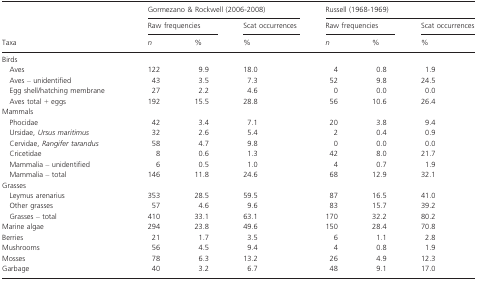
|  | <COLSPAN=3> Gormezano & Rockwell (2006-2008) | <COLSPAN=3> Russell (1968-1969) |
 |  | <COLSPAN=2> Raw frequencies | Scat occurrences | <COLSPAN=2> Raw frequencies | Scat occurrences |
 | Taxa | n | % | % | n | % | % |
 | --- | --- | --- | --- | --- | --- | --- |
 | <COLSPAN=7> Birds |
 | Aves | 122 | 9.9 | 18.0 | 4 | 0.8 | 1.9 |
 | Aves – unidentified | 43 | 3.5 | 7.3 | 52 | 9.8 | 24.5 |
 | Egg shell/hatching membrane | 27 | 2.2 | 4.6 | 0 | 0.0 | 0.0 |
 | Aves total + eggs | 192 | 15.5 | 28.8 | 56 | 10.6 | 26.4 |
 | <COLSPAN=7> Mammals |
 | Phocidae | 42 | 3.4 | 7.1 | 20 | 3.8 | 9.4 |
 | Ursidae, Ursus maritimus | 32 | 2.6 | 5.4 | 2 | 0.4 | 0.9 |
 | Cervidae, Rangifer tarandus | 58 | 4.7 | 9.8 | 0 | 0.0 | 0.0 |
 | Cricetidae | 8 | 0.6 | 1.3 | 42 | 8.0 | 21.7 |
 | Mammalia – unidentified | 6 | 0.5 | 1.0 | 4 | 0.7 | 1.9 |
 | Mammalia – total | 146 | 11.8 | 24.6 | 68 | 12.9 | 32.1 |
 | <COLSPAN=7> Grasses |
 | Leymus arenarius | 353 | 28.5 | 59.5 | 87 | 16.5 | 41.0 |
 | Other grasses | 57 | 4.6 | 9.6 | 83 | 15.7 | 39.2 |
 | Grasses – total | 410 | 33.1 | 63.1 | 170 | 32.2 | 80.2 |
 | Marine algae | 294 | 23.8 | 49.6 | 150 | 28.4 | 70.8 |
 | Berries | 21 | 1.7 | 3.5 | 6 | 1.1 | 2.8 |
 | Mushrooms | 56 | 4.5 | 9.4 | 4 | 0.8 | 1.9 |
 | Mosses | 78 | 6.3 | 13.2 | 26 | 4.9 | 12.3 |
 | Garbage | 40 | 3.2 | 6.7 | 48 | 9.1 | 17.0 |